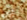
تكون